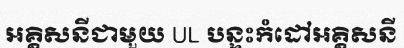
អគ្គិសនីជាមួយ UL បន្ទះកំដៅអគ្គិសនី